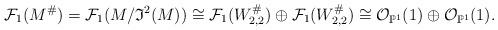
LaTeX: \begin{align*}\mathcal{F}_1(M^\#)=\mathcal{F}_1(M/\mathfrak{I}^2(M))\cong\mathcal{F}_1(W_{2,2}^\#)\oplus\mathcal{F}_1(W_{2,2}^\#)\cong\mathcal{O}_{\mathbb{P}^1}(1)\oplus\mathcal{O}_{\mathbb{P}^1}(1).\end{align*}